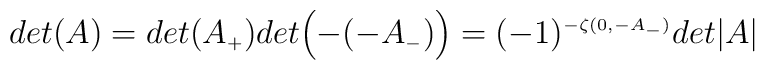
det(A) = det(A_{\scriptscriptstyle +})det\Bigl(-(-A_{\scriptscriptstyle -})\Bigr) = (-1)^{\scriptscriptstyle -\zeta(0, -A_{\scriptscriptstyle -})}det \vert A \vert